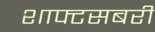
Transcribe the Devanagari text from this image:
शाफ्टसबरी